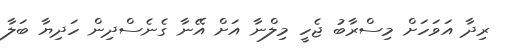
ރިދާ އަވަހަށް މިސްރާބު ޖެހީ މިލްނާ އަށް އޭނާ ގެނެސްދިން ހަދިޔާ ބަލާ